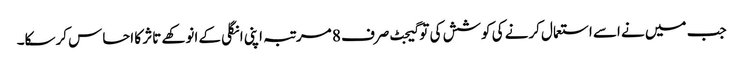
جب میں نے اسے استعمال کرنے کی کوشش کی تو گیجٹ صرف 8 مرتبہ اپنی انگلی کے انوکھے تاثر کا احساس کرسکا۔